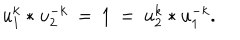
u _ { 1 } ^ { k } * u _ { 2 } ^ { - k } \: = \: 1 \: = \: u _ { 2 } ^ { k } * u _ { 1 } ^ { - k } .